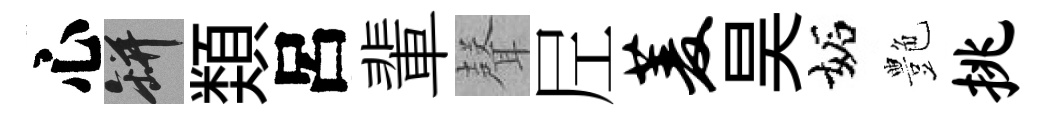
心瓶𩔖呂輩𮋻𡰱菱昊妬艶挑